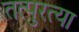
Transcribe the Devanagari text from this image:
तत्पुरत्या